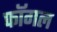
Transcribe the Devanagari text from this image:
फॉगल